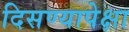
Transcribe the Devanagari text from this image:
दिसण्यापेक्षा